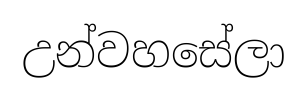
උන්වහසේලා